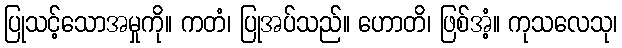
ပြုသင့်သောအမှုကို။ ကတံ၊ ပြုအပ်သည်။ ဟောတိ၊ ဖြစ်အံ့။ ကုသလေသု၊